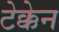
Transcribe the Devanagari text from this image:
टेक्केन